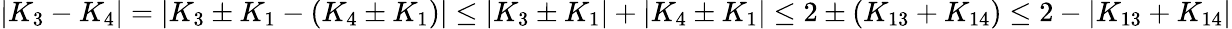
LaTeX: |K_{3}-K_{4}|=|K_{3}\pm K_{1}-(K_{4}\pm K_{1})|\le|K_{3}\pm K_{1}|+|K_{4}\pm K_{1}|\le 2\pm(K_{13}+K_{14})\le 2-|K_{13}+K_{14}|